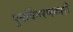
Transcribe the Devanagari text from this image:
पुनर्वितरणकारी